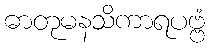
ဓာတုမနသိကာရပဗ္ဗံ